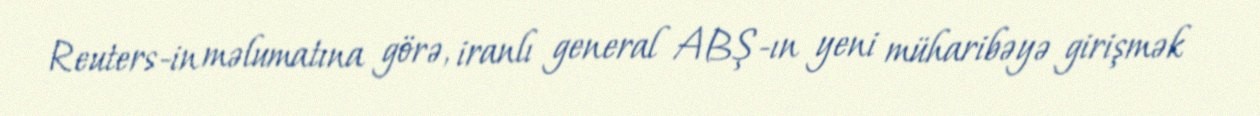
Reuters-in məlumatına görə, iranlı general ABŞ-ın yeni müharibəyə girişmək